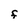
Character: F